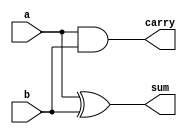
`timescale 1ns / 1ps
//////////////////////////////////////////////////////////////////////////////////
// Company: 
// Engineer: 
// 
// Design Name: 
// Module Name:    wallace_Multiplier 
// Project Name: 
// Target Devices: 
// Tool versions: 
// Description: 
//
// Dependencies: 
//
// Revision: 
// Revision 0.01 - File Created
// Additional Comments: 
//
//////////////////////////////////////////////////////////////////////////////////

module HA(a,b,sum,carry);
input a,b;
output sum,carry;
assign sum=a^b;
assign carry=a&b;
endmodule

module FA (a,b,cin,sum,carry);
input a,b,cin;
output sum,carry;
assign sum=a^b^cin;
assign carry=(a&(b^cin))|(b&cin);
endmodule

module AND41(a,b,c);
input [3:0] a;
input b;
output [3:0] c;
assign c[0]=a[0]&b;
assign c[1]=a[1]&b;
assign c[2]=a[2]&b;
assign c[3]=a[3]&b;
endmodule

module wallace_Multiplier(input [3:0] a,b,output [7:0] product);

wire [3:0] pp [3:0];
AND41 AND1(a,b[0],pp[0]);
AND41 ANDd3(a,b[1],pp[1]);
AND41 ANDd2(a,b[2],pp[2]);
AND41 ANDd1(a,b[3],pp[3]);

wire tempcarry;
assign product[0]=pp[0][0];

HA HA1(pp[1][0],pp[0][1],product[1],tempcarry);

wire s1,t1;
FA FA1(pp[0][2],pp[1][1],pp[2][0],s1,t1);
wire t2;
HA HA2(s1,tempcarry,product[2],t2);

wire s2,t3,s3,t4,t5;
FA FA3(pp[0][3],pp[2][1],pp[1][2],s2,t3);
FA FA4(s2,pp[3][0],t1,s3,t4);
HA HA3(s3,t2,product[3],t5);

wire s4,s5,t6,t7,t8;
FA FA6(pp[3][1],pp[2][2],pp[1][3],s4,t6);
FA FA7(t3,t4,t5,s5,t7);
HA HA4(s4,s5,product[4],t8);

wire t9,s6,t10;
FA FA8(pp[3][2],pp[2][3],t6,s6,t9);
FA FA9(s6,t7,t8,product[5],t10);

FA FA10(pp[3][3],t9,t10,product[6],product[7]);

endmodule